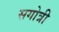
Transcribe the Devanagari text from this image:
सगोत्री